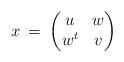
LaTeX: \begin{align*}x\>=\>\begin{pmatrix}u&w\\w^t&v\end{pmatrix}\end{align*}